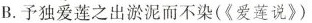
B.予独爱莲之出淤泥而不染(《爱莲说》)